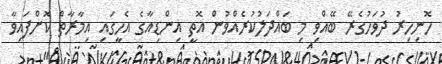
ހޮނިހިރު ދުވަހުގެރޭ ބޭއްވި މި ބައްދަލުކުރެއްވުން އޮތީ އިންޑިއާގެ އެހީގައި އިމާރާތް ކޮށްފައިވާ